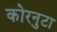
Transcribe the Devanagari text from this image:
कोरनुटा